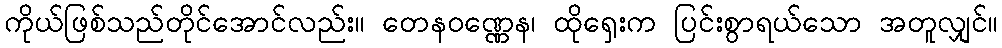
ကိုယ်ဖြစ်သည်တိုင်အောင်လည်း။ တေနဝဏ္ဏေန၊ ထိုရှေးက ပြင်းစွာရယ်သော အတူလျှင်။